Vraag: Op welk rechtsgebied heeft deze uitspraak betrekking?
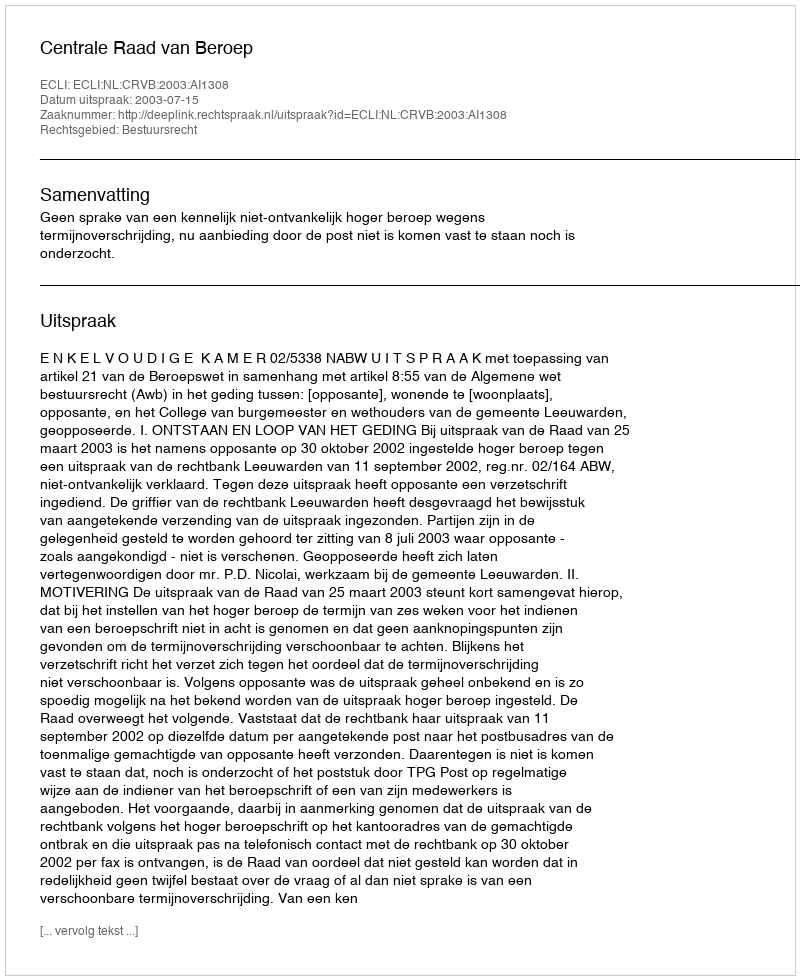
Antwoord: Bestuursrecht